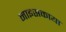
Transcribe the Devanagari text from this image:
नाइसकाया